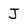
Character: J